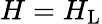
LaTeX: H=H_{\mathrm{L}}